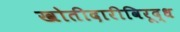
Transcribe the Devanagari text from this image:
खोतीदारीविरूद्ध